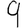
Digit: 9